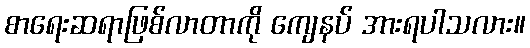
စာရေးဆရာဖြစ်လာတာကို ကျေနပ် အားရပါသလား။